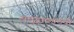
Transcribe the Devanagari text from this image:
समुद्राकाठची